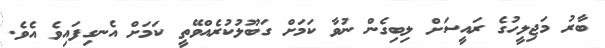
ބާރު މަޖިލީހުގެ ރައީސަށް ލިބިގެން ނުވާ ކަމަށް ގަބޫލުކުރެއްވޭތީ ކަމަށް އެނގިފައިވެ އެވެ.